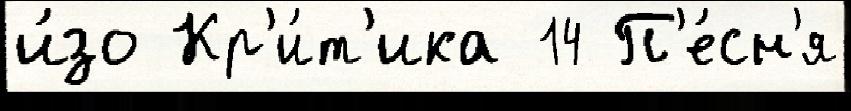
и́зо Кр'и́т'ика 14 П'е́сн'я